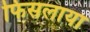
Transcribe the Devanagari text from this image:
फिसलाया